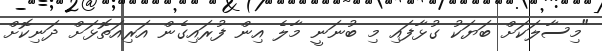
"މިސާލަކަށް ބަޔަކު ގުޅާފައި މި ބުނަނީ މާލެ އިން ފުރައިގެން އަރިއަތޮޅަށް ދަނިކޮށް